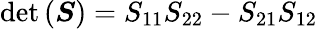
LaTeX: \operatorname*{det}\left(\boldsymbol{S}\right)=S_{11}S_{22}-S_{21}S_{12}